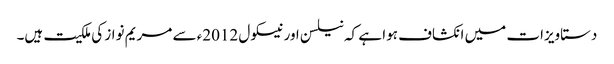
دستاویزات میں انکشاف ہوا ہے کہ نیلسن اور نیسکول 2012ء سے مریم نواز کی ملکیت ہیں۔